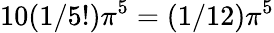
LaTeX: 10(1/5!)\pi^{5}=(1/12)\pi^{5}